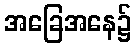
အခြေအနေ၌